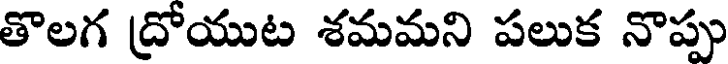
తొలగ ద్రోయుట శమమని పలుక నొప్పు